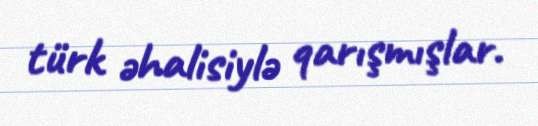
türk əhalisiylə qarışmışlar.